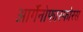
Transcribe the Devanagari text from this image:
आर्गेनोफास्फोरस